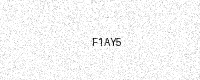
Text: F1AY5